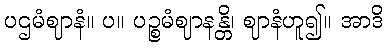
ပဌမံဈာနံ။ ပ။ ပဉ္စမံဈာနန္တိ၊ ဈာနံဟူ၍။ အာဒိ